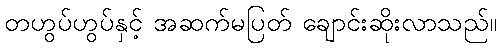
တဟွပ်ဟွပ်နှင့် အဆက်မပြတ် ချောင်းဆိုးလာသည်။